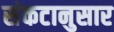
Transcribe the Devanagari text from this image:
संकटानुसार